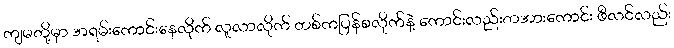
ကျမတို့မှာ အရမ်းကောင်းနေလိုက် လူလာလိုက် တစ်ကပြန်စလိုက်နဲ့ ကောင်းလည်းတအားကောင်း ဖီလင်လည်း